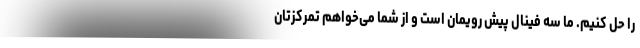
را حل کنیم. ما سه فینال پیش رویمان است و از شما می‌خواهم تمرکزتان